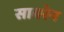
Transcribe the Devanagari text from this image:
सावरेन